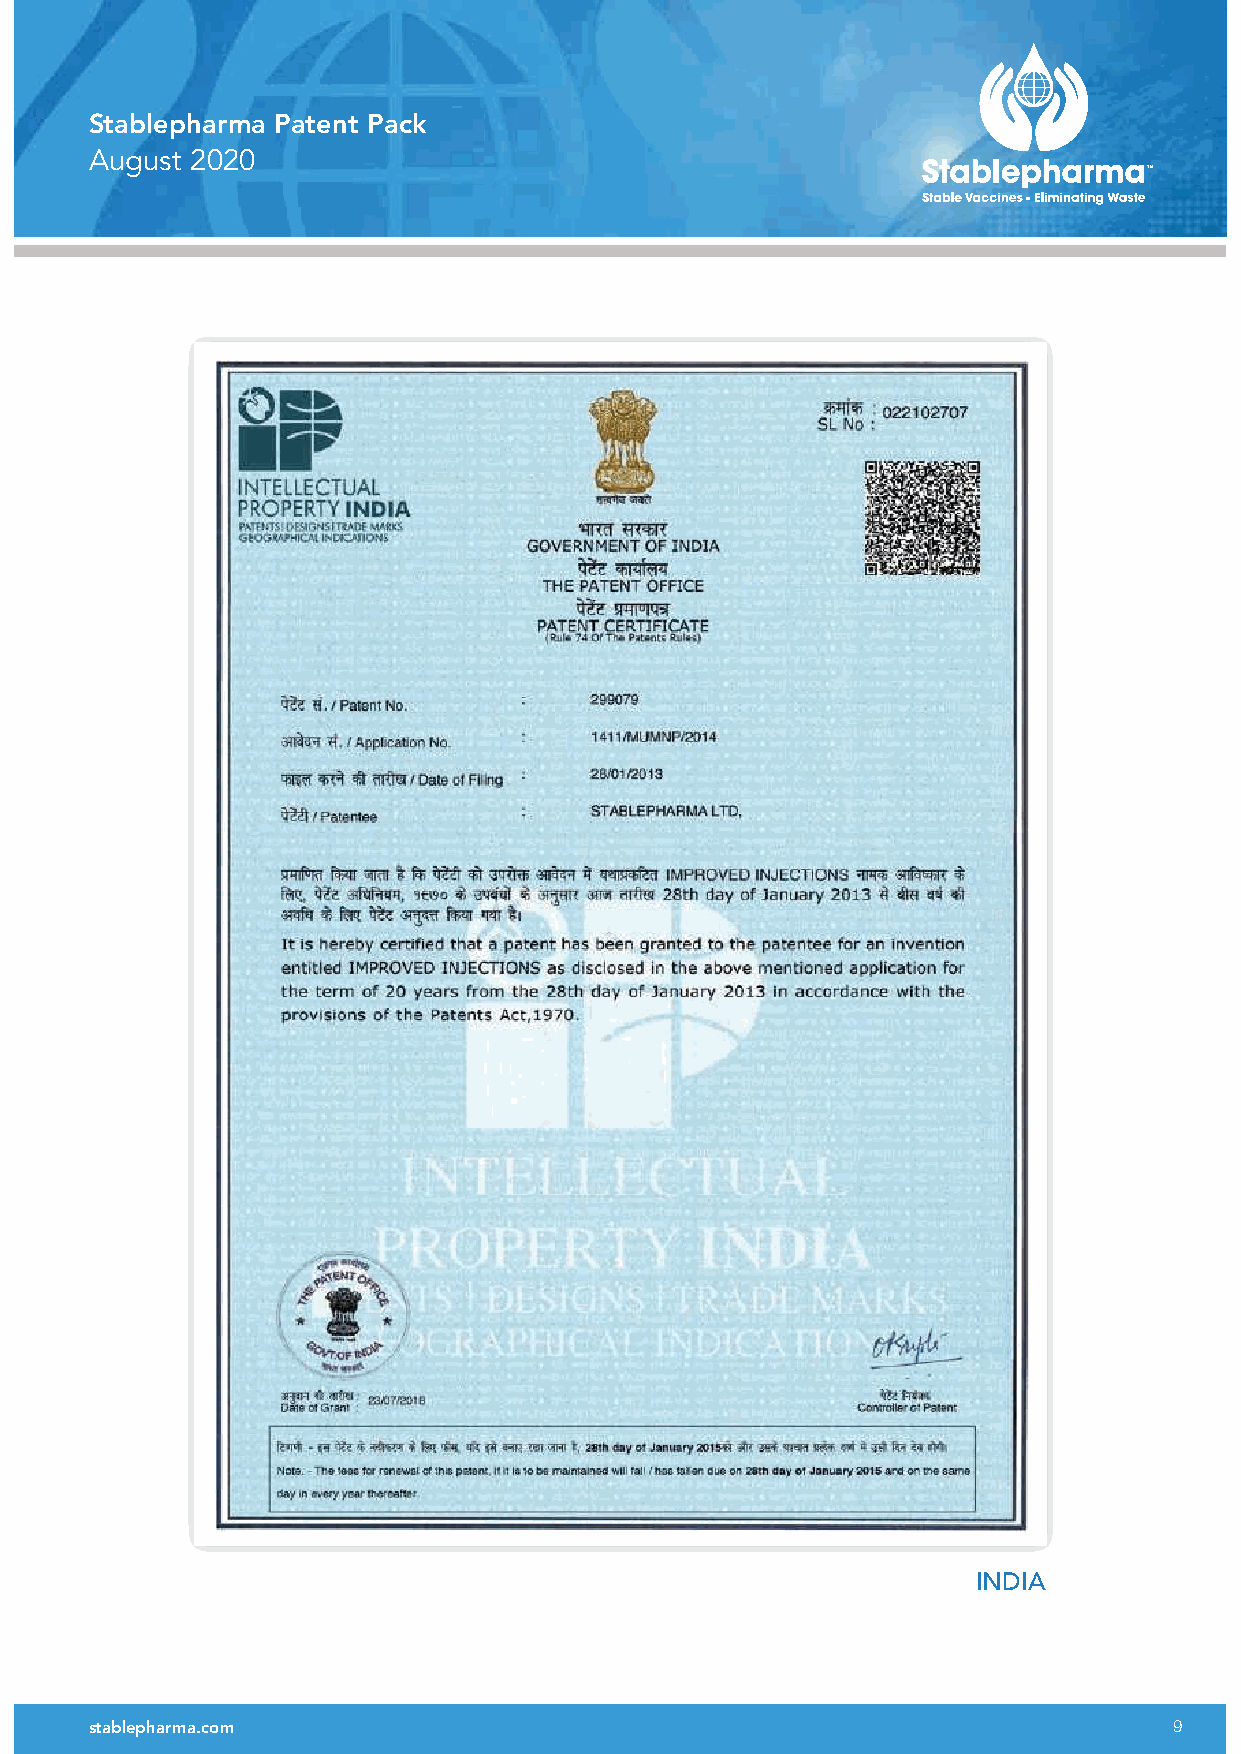
Stablepharma Patent Pack
 August 2020
 INDIA
 stablepharma.com                                                        9